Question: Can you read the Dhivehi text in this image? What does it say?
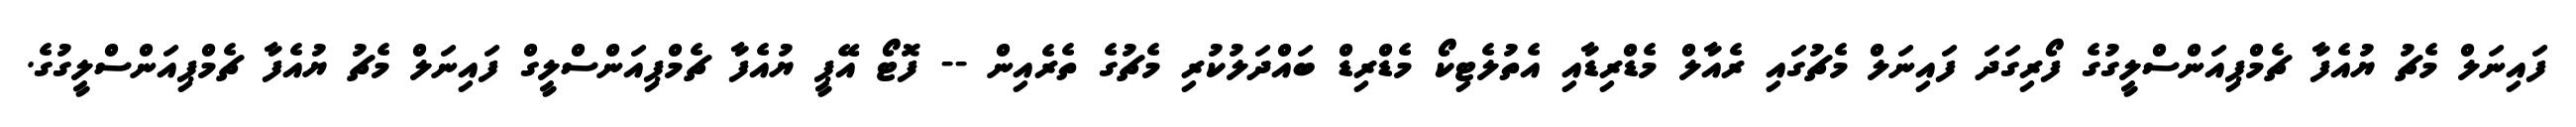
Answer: ފައިނަލް މެޗު ޔުއެފާ ޗެމްޕިއަންސްލީގުގެ ފޯރިގަދަ ފައިނަލް މެޗުގައި ރެއާލް މެޑްރިޑާއި އެތުލެޓިކޯ މެޑްރިޑް ބައްދަލުކުރި މެޗުގެ ތެރެއިން -- ފޮޓޯ އޭޕީ ޔުއެފާ ޗެމްޕިއަންސްލީގް ފައިނަލް މެޗު ޔުއެފާ ޗެމްޕިއަންސްލީގުގެ.